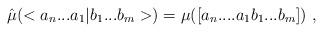
LaTeX: \begin{align*}\hat{\mu}(<a_n...a_1|b_1...b_m>) = \mu([a_n....a_1b_1...b_m]) \ ,\end{align*}